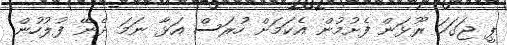
ޕީ ޖަގަހަ ރޫޅަން ފެށުމުން އެކަމަށް ހުރަސް އަޅާ ނަމަ ދެނޭ ފުލުހުން